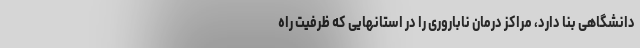
دانشگاهی بنا دارد، مراکز درمان ناباروری را در استانهایی که ظرفیت راه